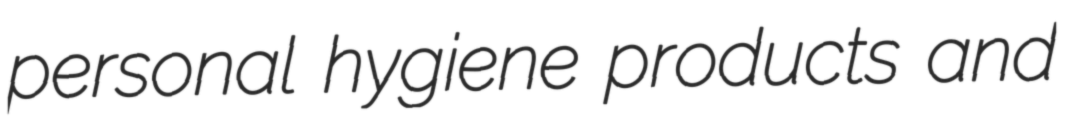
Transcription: personal hygiene products and